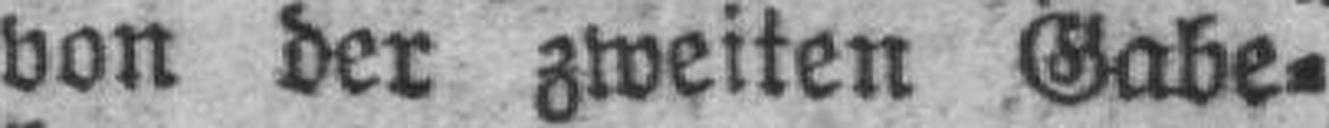
von der zweiten Gabe¬